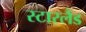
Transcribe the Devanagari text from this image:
स्टारलैंड